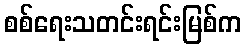
စစ်ရေးသတင်းရင်းမြစ်က